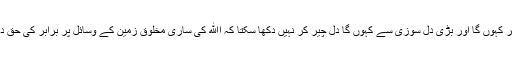
میں پھر کہوں گا اور بڑی دل سوزی سے کہوں گا دل چیر کر نہیں دکھا سکتا کہ اﷲ کی ساری مخلوق زمین کے وسائل پر برابر کی حق دار ہے۔